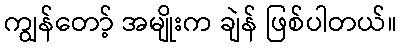
ကျွန်တော့် အမျိုးက ချဲန် ဖြစ်ပါတယ်။